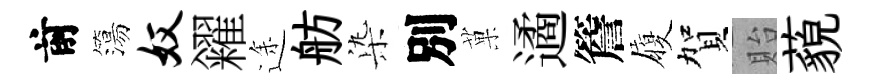
前簜奴糴途舫𣑱別菓遹簷履賀貽藐